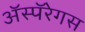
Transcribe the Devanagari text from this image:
ॲस्पॅरेगस